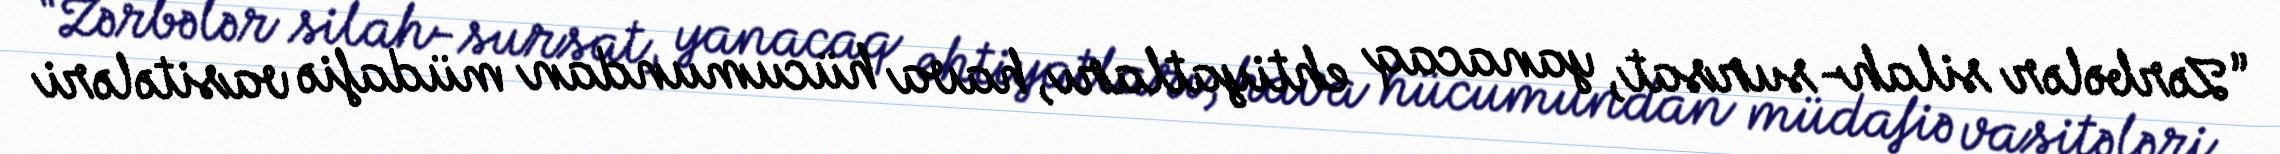
“Zərbələr silah-sursat, yanacaq ehtiyatları, hava hücumundan müdafiə vasitələri